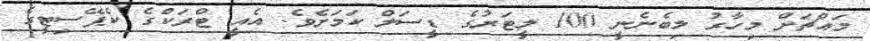
މައްޗަށް މިހާރު ލިބެނެނީ 100 ލީޓަރުގެ ޑީސަލް ކަމަށެވެ. އެއީ ޓްރަކްގެ ކެޕޭސިޓީގެ